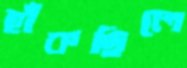
হাঁকছিলে